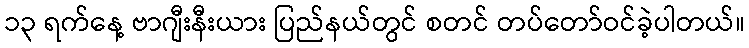
၁၃ ရက်နေ့ ဗာဂျီးနီးယား ပြည်နယ်တွင် စတင် တပ်တော်ဝင်ခဲ့ပါတယ်။